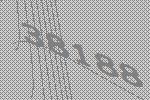
38188